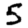
Digit: 5